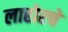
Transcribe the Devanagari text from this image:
लाहोरचे